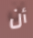
أن